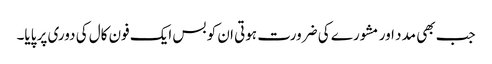
جب بھی مدد اور مشورے کی ضرورت ہوتی ان کو بس ایک فون کال کی دوری پر پایا۔